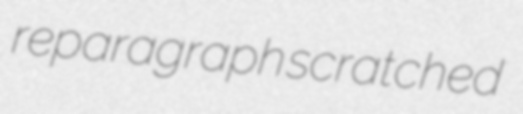
reparagraph scratched